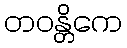
တဝန္တိကေ